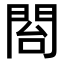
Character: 𮤍